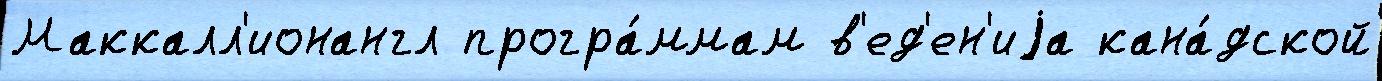
Маккалл'ионангл програ́ммам в'ед'ен'иjа кана́дской